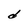
Character: d